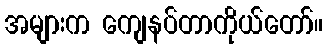
အများက ကျေနပ်တာကိုယ်တော်။